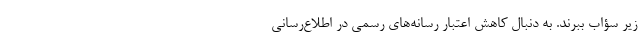
زیر سؤاب ببرند. به دنبال کاهش اعتبار رسانه‌های رسمی در اطلاع‌رسانی